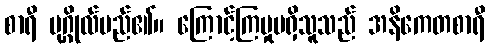
စာရီ ပုဂ္ဂိုလ်မည်၏။ ကြောင့်ကြမှုမရှိသူသည် အနိကေတစာရီ